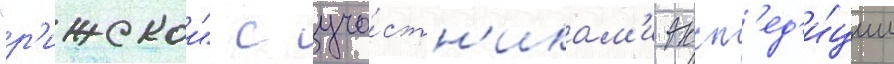
"р'ижскои" с уча́стн'икам'и эксп'ед'и́ции